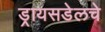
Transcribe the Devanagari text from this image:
ड्रायसडेलचे